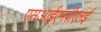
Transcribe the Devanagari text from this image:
एसआईएमपीएलई